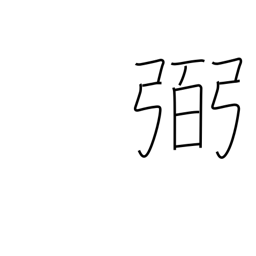
Meaning: help